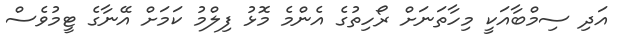
އަދި ސިމްބާއަކީ މިހާތަނަށް ރޯހިތުގެ އެންމެ މޮޅު ފިލްމު ކަމަށް އޭނާގެ ޓީމުވެސް